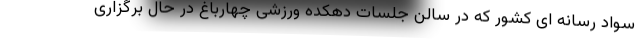
سواد رسانه ای کشور که در سالن جلسات دهکده ورزشی چهارباغ در حال برگزاری